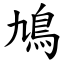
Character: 鳩